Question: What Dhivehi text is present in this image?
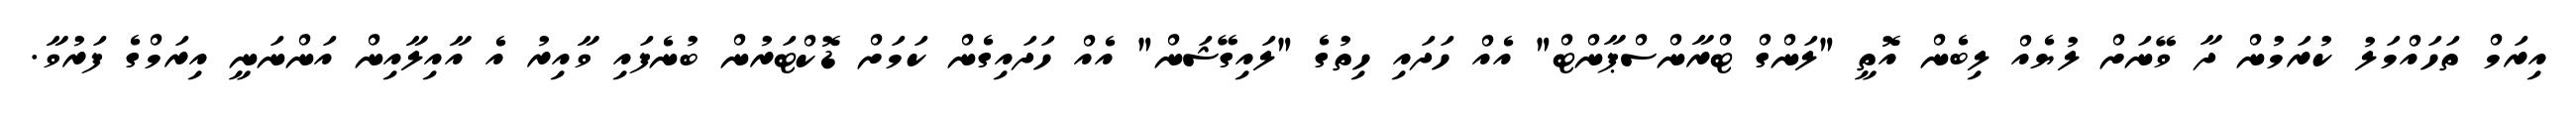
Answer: އިރަމް ތަހައްމަލު ކުރަމުން ދާ ވޭނަށް ލުޔެއް ލިބެން އޮތީ "ލަންގް ޓްރާންސްޕާންޓް" އެއް ހަދައި ހިތުގެ "ލައިގޭޝަން" އެއް ހަދައިގެން ކަމަށް ޑޮކްޓަރުން ބުނެފައި ވާއިރު އެ އާއިލާއިން އަންނަނީ އިރަމްގެ ފަރުވާ.